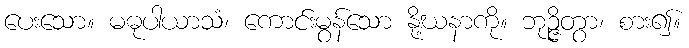
ပေးသော။ မဓုပါယာသံ၊ ကောင်းမွန်သော နို့ဃနာကို။ ဘုဉ္ဇိတွာ၊ စား၍။